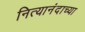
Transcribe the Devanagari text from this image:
नित्यानंदाच्या